Madras plague regulations in force outside the Presidency town - Volume 3
Disease focus: Plague
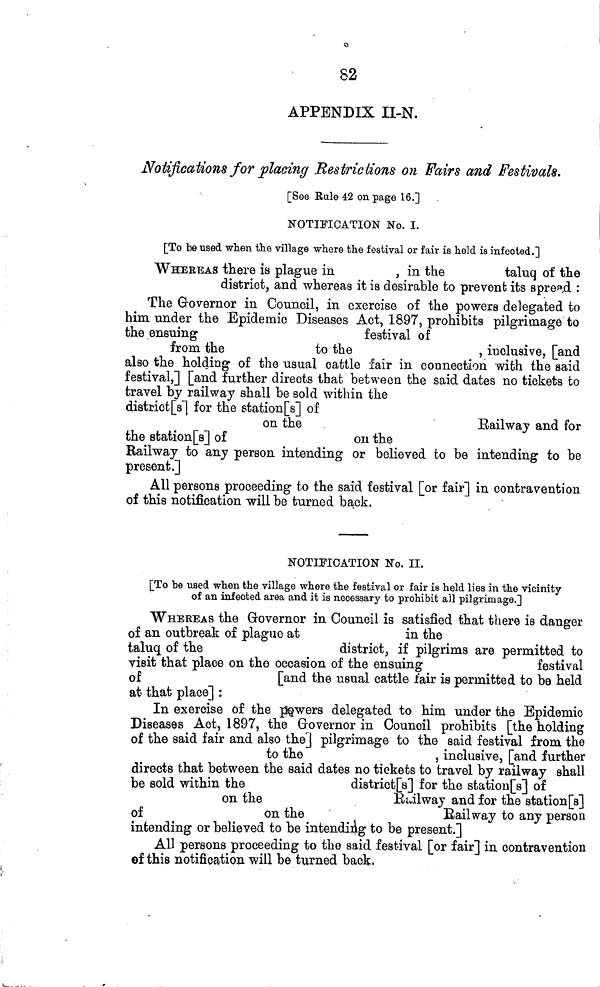
82
APPENDIX II-N.
Notifications for placing Restrictions on Fairs and Festivals.
[See Rule 42 on page 16.]
NOTIFICATION No. I.
[To be used when the village where the festival or fair is held is infected.]
WHEREAS there is plague in
, in the
taluq of the
district, and whereas it is desirable to prevent its spread :
The Governor in Council, in exercise of the powers delegated to
him under the Epidemic Diseases Act, 1897, prohibits pilgrimage to
the ensuing
festival of
from the
to the
, inclusive, [and
also the holding of the usual cattle fair in connection with the said
festival,] [and further directs that between the said dates no tickets to
travel by railway shall be sold within the
district[s] for the station[s] of
on the
Railway and for
the station [s] of
on the
Railway to any person intending or believed to be intending to be
present.]
All persons proceeding to the said festival [or fair] in contravention
of this notification will be turned back.
NOTIFICATION No. II.
[To be used when the village where the festival or fair is held lies in the vicinity
of an infected area and it is necessary to prohibit all pilgrimage.]
WHEREAS the Governor in Council is satisfied that there is danger
of an outbreak of plague at
in the
taluq of the
district, if pilgrims are permitted to
visit that place on the occasion of the ensuing
festival
of
[and the usual cattle fair is permitted to be held
at that place] :
In exercise of the ßgwers delegated to him under the Epidemic
Diseases Act, 1897, the Governor in Council prohibits [the holding
of the said fair and also the] pilgrimage to the said festival from the
to the
, inclusive, [and further
directs that between the said dates no tickets to travel by railway shall
be sold within the
districts] for the station[s] of
on the
Railway and for the station[s]
of
on the
Bail way to any person
intending or believed to be intending to be present.]
All persons proceeding to the said festival [or fair] in contravention
©f this notification will be turned back.